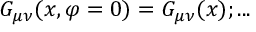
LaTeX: G _ { \mu \nu } ( x , \varphi = 0 ) = G _ { \mu \nu } ( x ) ; . . .